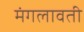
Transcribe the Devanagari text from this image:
मंगलावती